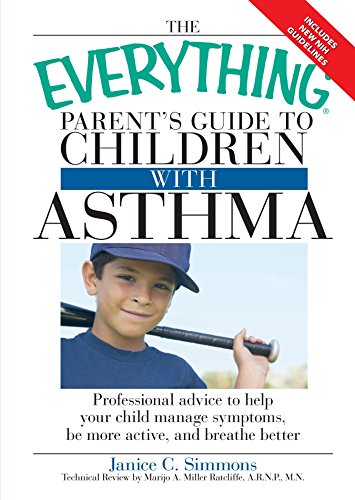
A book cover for The Everything Parent's Guide to Children with Asthma: Professional advice to help your child manage symptoms, be more active, and breathe better; Janice C. Simmons; Health, Fitness & Dieting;